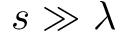
s \gg \lambda